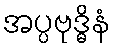
အပ္ပဗုဒ္ဓိနံ